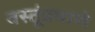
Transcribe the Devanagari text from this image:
वस्तूंप्रमाणे